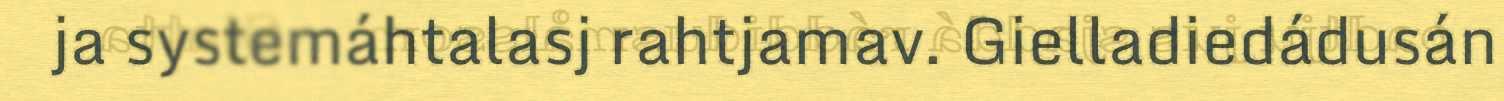
ja systemáhtalasj rahtjamav. Gielladiedádusán